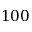
1 0 0